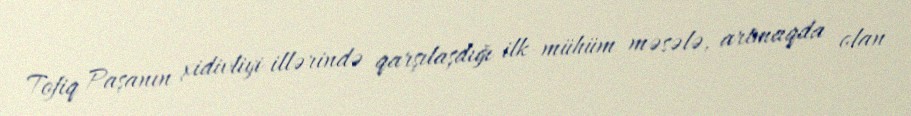
Tofiq Paşanın xidivliyi illərində qarşılaşdığı ilk mühüm məsələ, artmaqda olan